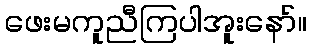
ဖေးမကူညီကြပါအူးနော်။